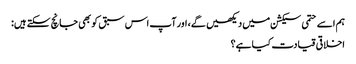
ہم اسے حتمی سیکشن میں دیکھیں گے، اور آپ اس سبق کو بھی جانچ سکتے ہیں:
اخلاقی قیادت کیا ہے؟